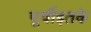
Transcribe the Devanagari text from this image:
पूर्वीइतके